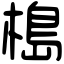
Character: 槝